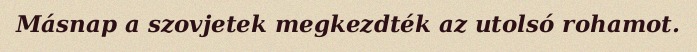
Másnap a szovjetek megkezdték az utolsó rohamot.